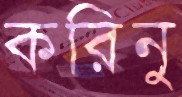
করিনু